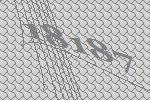
18187